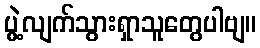
ပွဲ့လျက်သွားရှာသူတွေပါဗျ။